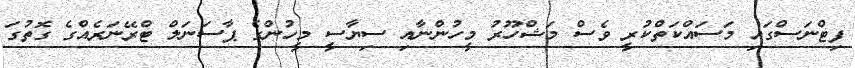
ފިޓްނަސްގައި މަސައްކަތްކުރީ ވެސް މަޝްހޫރު މީހުންނާއި ސިޔާސީ މީހުންގެ ޕާސަނަލް ޓްރޭނަރެއްގެ ގޮތުގަ